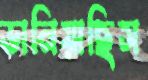
ভানিয়াছিস